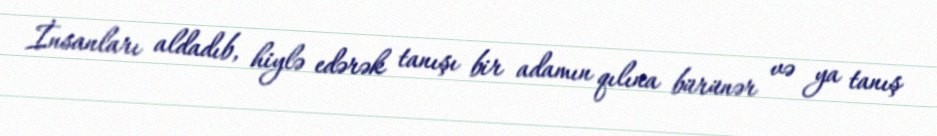
İnsanları aldadıb, hiylə edərək tanışı bir adamın qılına bürünər və ya tanış